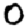
Digit: 0